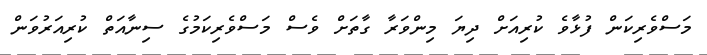
މަސްވެރިކަން ފުޅާވެ ކުރިއަށް ދިޔަ މިންވަރާ ގާތަށް ވެސް މަސްވެރިކަމުގެ ސިނާއަތް ކުރިއަރުވަން